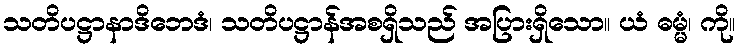
သတိပဋ္ဌာနာဒိဘေဒံ၊ သတိပဋ္ဌာန်အစရှိသည် အပြားရှိသော။ ယံ ဓမ္မံ၊ ကို။